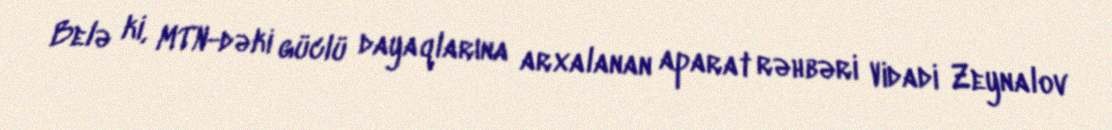
Belə ki, MTN-dəki güclü dayaqlarına arxalanan aparat rəhbəri Vidadi Zeynalov